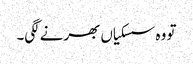
تو وہ سسکیاں بھرنے لگی۔